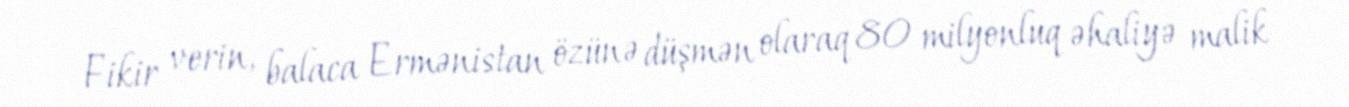
Fikir verin, balaca Ermənistan özünə düşmən olaraq 80 milyonluq əhaliyə malik